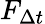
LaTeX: F_{\Delta t}